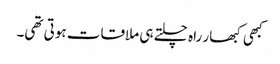
کبھی کبھار راہ چلتے ہی ملاقات ہوتی تھی۔